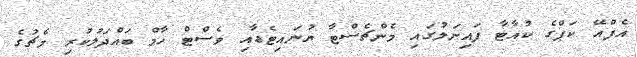
އެފްއޭ ކަޕްގެ ކުއާޓާ ފައިނަލުގައި މެންޗެސްޓާ ޔުނައިޓެޑާއި ވެސްޓް ހާމް ބައްދަލުކުރި މެޗުގެ